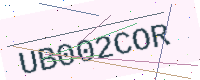
Text: UB002COR